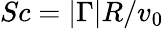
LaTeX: Sc=|\Gamma|R/v_{0}